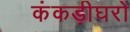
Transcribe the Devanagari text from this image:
कंकड़ीघरों